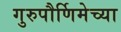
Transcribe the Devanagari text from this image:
गुरुपौर्णिमेच्या